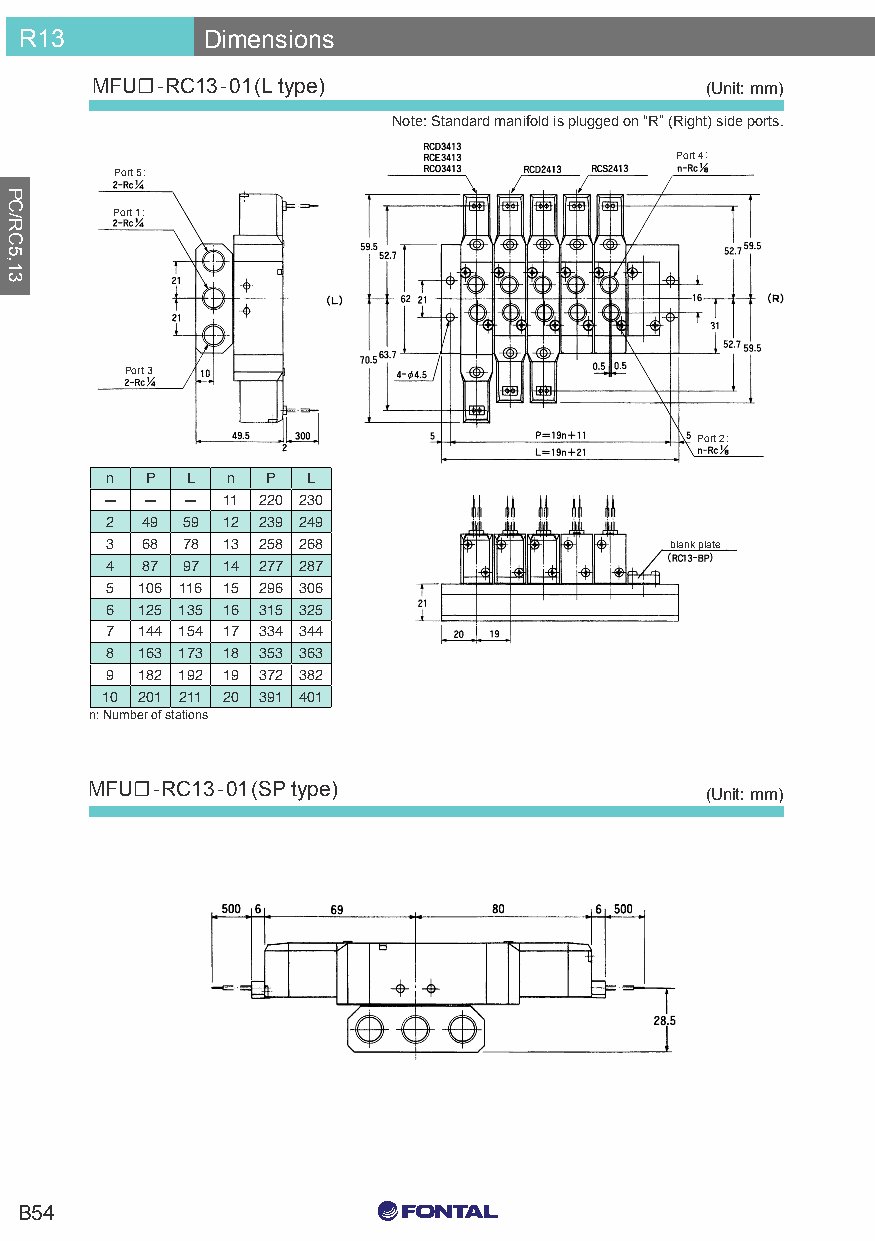
R13         Dimensions
 MFU☐-RC13-01(L type)                     (Unit: mm)
 Note: Standard manifold is plugged on “R” (Right) side ports.
 Port 4:
 Port 5:
 Port 1:
 Port 3
 Port 2:
 n  P L  n  P L
 — —  —  11 220 230
 2 49 59 12 239 249
 3 68 78 13 258 268                   blank plate
 4 87 97 14 277 287
 5 106 116 15 296 306
 6 125 135 16 315 325
 7 144 154 17 334 344
 8 163 173 18 353 363
 9 182 192 19 372 382
 10 201 211 20 391 401
 n: Number of stations
 MFU☐-RC13-01(SP type)
 (Unit: mm)
 C0 M0 Y15 K15
 B54
 C0 M0 Y0 K100
 C0 M0 Y0 K0
 PC/RC5,13